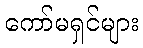
ကော်မရှင်များ